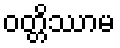
ဝတ္တိဿာမ